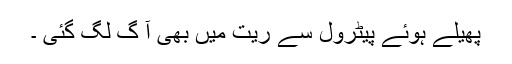
پھیلے ہوئے پیٹرول سے ریت میں بھی آ گ لگ گئی ۔